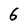
Character: 6